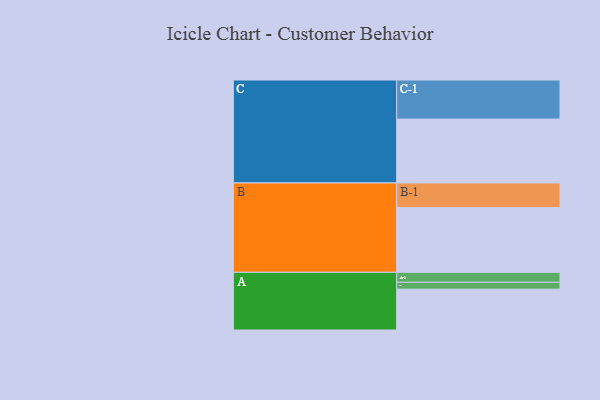
{"axis": {"x": "Segment", "y": "Value"}, "legend": ["", "A", "B", "C"], "data": [{"x": "A", "y": 304, "type": ""}, {"x": "B", "y": 482, "type": ""}, {"x": "C", "y": 475, "type": ""}, {"x": "A-1", "y": 74, "type": "A"}, {"x": "A-2", "y": 51, "type": "A"}, {"x": "B-1", "y": 183, "type": "B"}, {"x": "C-1", "y": 291, "type": "C"}]}